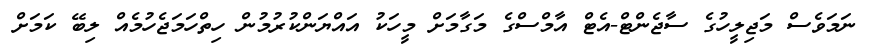
ނަމަވެސް މަޖިލީހުގެ ސާޖެންޓް-އެޓް އާމްސްގެ މަގާމަށް މީހަކު އައްޔަންކުރުމުން ހިތްހަމަޖެހުމެއް ލިބޭ ކަމަށް